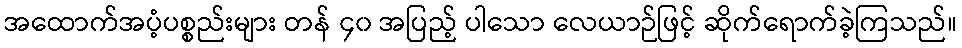
အထောက်အပံ့ပစ္စည်းများ တန် ၄၀ အပြည့် ပါသော လေယာဉ်ဖြင့် ဆိုက်ရောက်ခဲ့ကြသည်။